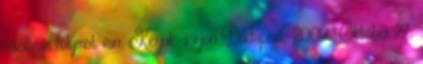
letöltése folymat van. Kérjük, várjon Budapest, 2009 Október 27.